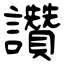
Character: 讚